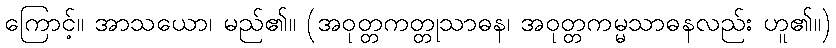
ကြောင့်။ အာသယော၊ မည်၏။ (အဝုတ္တကတ္တုသာဓန၊ အဝုတ္တကမ္မသာဓနလည်း ဟူ၏။)